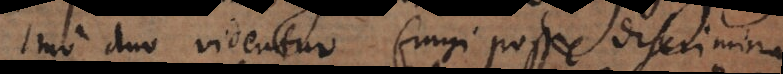
Imo duo videntur fingi posse discrimina